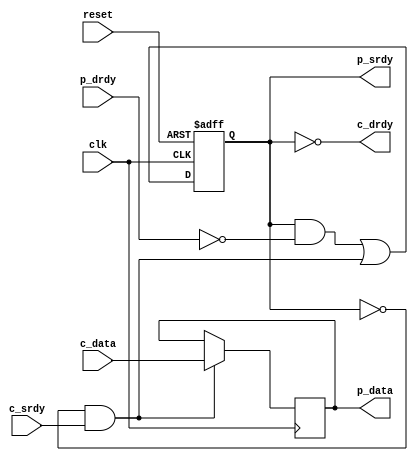
//----------------------------------------------------------------------
// Srdy/Drdy input/output block
//
// Halts timing on all signals.  Efficiency of block is only 0.5, so
// it can produce data at most on every other cycle.
//
// Naming convention: c = consumer, p = producer, i = internal interface
//----------------------------------------------------------------------
//
// This block is uncopyrighted and released into the public domain.
//----------------------------------------------------------------------

// Clocking statement for synchronous blocks.  Default is for
// posedge clocking and positive async reset
`ifndef SDLIB_CLOCKING 
 `define SDLIB_CLOCKING posedge clk or posedge reset
`endif

// delay unit for nonblocking assigns, default is to #1
`ifndef SDLIB_DELAY 
 `define SDLIB_DELAY #1 
`endif

module sd_iohalf
  #(parameter width = 8)
  (
   input              clk,
   input              reset,
   input              c_srdy,
   output             c_drdy,
   input [width-1:0]  c_data,

   output reg         p_srdy,
   input              p_drdy,
   output reg [width-1:0] p_data
   );

  reg 	  load;   // true when data will be loaded into p_data
  reg 	  nxt_p_srdy;

  always @*
    begin
      load  = c_srdy & !p_srdy;
      nxt_p_srdy = (p_srdy & !p_drdy) | (!p_srdy & c_srdy);
    end
  assign c_drdy = ~p_srdy;
  
  always @(`SDLIB_CLOCKING)
    begin
      if (reset)
	begin
	  p_srdy <= `SDLIB_DELAY 0;
	end
      else
	begin
	  p_srdy <= `SDLIB_DELAY nxt_p_srdy;
	end // else: !if(reset)
    end // always @ (posedge clk)

  always @(posedge clk)
    if (load)
      p_data <= `SDLIB_DELAY c_data;

endmodule // it_output